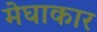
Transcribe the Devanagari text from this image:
मेघाकार